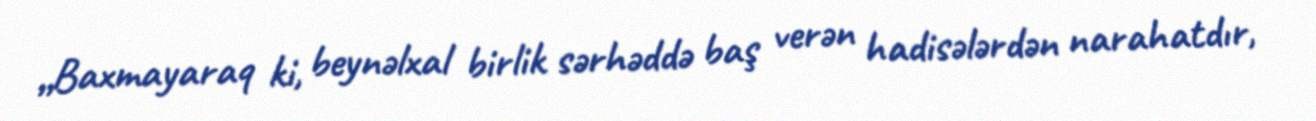
„Baxmayaraq ki, beynəlxal birlik sərhəddə baş verən hadisələrdən narahatdır,